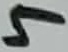
Text: 5